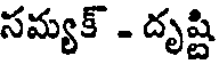
సమ్యక్ - దృష్టి